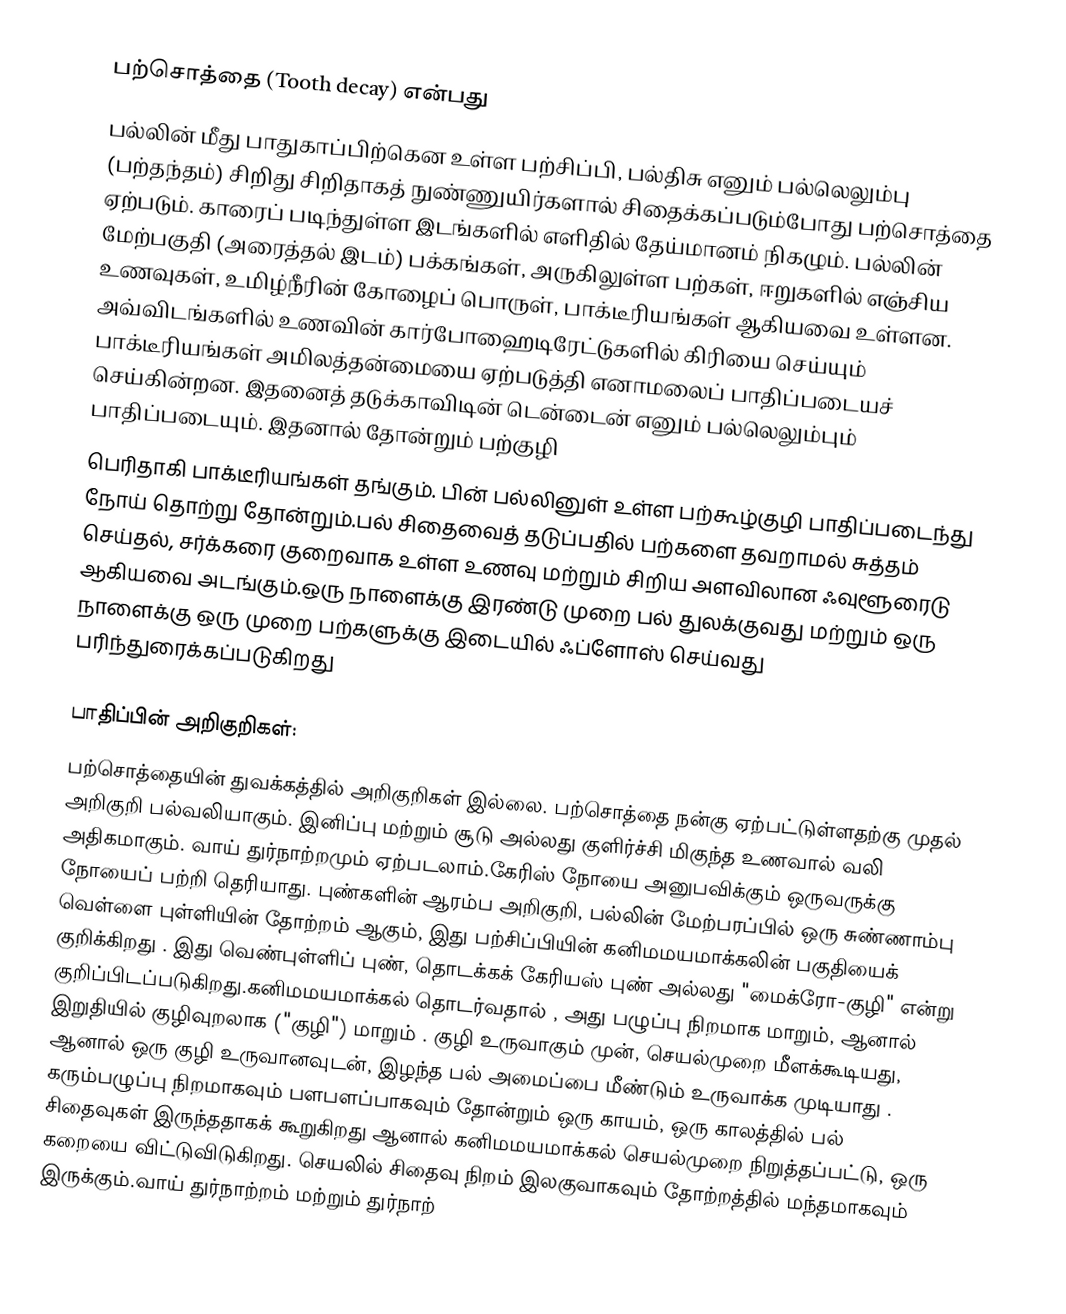
பற்சொத்தை (Tooth decay) என்பது
பல்லின் மீது பாதுகாப்பிற்கென உள்ள பற்சிப்பி, பல்திசு எனும் பல்லெலும்பு (பற்தந்தம்) சிறிது சிறிதாகத் நுண்ணுயிர்களால் சிதைக்கப்படும்போது பற்சொத்தை ஏற்படும். காரைப் படிந்துள்ள இடங்களில் எளிதில் தேய்மானம் நிகழும். பல்லின் மேற்பகுதி (அரைத்தல் இடம்) பக்கங்கள், அருகிலுள்ள பற்கள், ஈறுகளில் எஞ்சிய உணவுகள், உமிழ்நீரின் கோழைப் பொருள், பாக்டீரியங்கள்  ஆகியவை உள்ளன. அவ்விடங்களில் உணவின் கார்போஹைடிரேட்டுகளில் கிரியை செய்யும் பாக்டீரியங்கள் அமிலத்தன்மையை ஏற்படுத்தி எனாமலைப் பாதிப்படையச் செய்கின்றன. இதனைத் தடுக்காவிடின் டென்டைன் எனும் பல்லெலும்பும் பாதிப்படையும். இதனால் தோன்றும் பற்குழி
பெரிதாகி பாக்டீரியங்கள் தங்கும். பின் பல்லினுள் உள்ள பற்கூழ்குழி பாதிப்படைந்து நோய் தொற்று தோன்றும்.பல் சிதைவைத் தடுப்பதில் பற்களை தவறாமல் சுத்தம் செய்தல், சர்க்கரை குறைவாக உள்ள உணவு மற்றும் சிறிய அளவிலான ஃவுளூரைடு ஆகியவை அடங்கும்.ஒரு நாளைக்கு இரண்டு முறை பல் துலக்குவது மற்றும் ஒரு நாளைக்கு ஒரு முறை பற்களுக்கு இடையில் ஃப்ளோஸ் செய்வது பரிந்துரைக்கப்படுகிறது

பாதிப்பின் அறிகுறிகள்:
பற்சொத்தையின் துவக்கத்தில் அறிகுறிகள் இல்லை. பற்சொத்தை நன்கு ஏற்பட்டுள்ளதற்கு முதல் அறிகுறி பல்வலியாகும். இனிப்பு மற்றும் சூடு அல்லது குளிர்ச்சி மிகுந்த உணவால் வலி அதிகமாகும். வாய் துர்நாற்றமும் ஏற்படலாம்.கேரிஸ் நோயை அனுபவிக்கும் ஒருவருக்கு நோயைப் பற்றி தெரியாது. புண்களின் ஆரம்ப அறிகுறி, பல்லின் மேற்பரப்பில் ஒரு சுண்ணாம்பு வெள்ளை புள்ளியின் தோற்றம் ஆகும், இது பற்சிப்பியின் கனிமமயமாக்கலின் பகுதியைக் குறிக்கிறது . இது வெண்புள்ளிப் புண், தொடக்கக் கேரியஸ் புண் அல்லது "மைக்ரோ-குழி" என்று குறிப்பிடப்படுகிறது.கனிமமயமாக்கல் தொடர்வதால் , அது பழுப்பு நிறமாக மாறும், ஆனால் இறுதியில் குழிவுறலாக ("குழி") மாறும் . குழி உருவாகும் முன், செயல்முறை மீளக்கூடியது, ஆனால் ஒரு குழி உருவானவுடன், இழந்த பல் அமைப்பை மீண்டும் உருவாக்க முடியாது . கரும்பழுப்பு நிறமாகவும் பளபளப்பாகவும் தோன்றும் ஒரு காயம், ஒரு காலத்தில் பல் சிதைவுகள் இருந்ததாகக் கூறுகிறது ஆனால் கனிமமயமாக்கல் செயல்முறை நிறுத்தப்பட்டு, ஒரு கறையை விட்டுவிடுகிறது. செயலில் சிதைவு நிறம் இலகுவாகவும் தோற்றத்தில் மந்தமாகவும் இருக்கும்.வாய் துர்நாற்றம் மற்றும் துர்நாற்